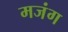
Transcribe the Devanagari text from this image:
मजंग